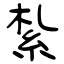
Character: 紮